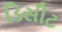
ડિસીટ